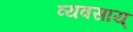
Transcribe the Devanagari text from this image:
व्यवसाय्